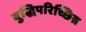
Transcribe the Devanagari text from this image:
बुद्धिपरिच्छिन्न